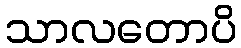
သာလတောပိ